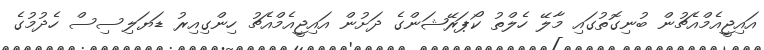
އައިޖީއެމްއެޗުން ބުނިގޮތުގައި މާލޭ ހެލްތު ކޯޕަރޭޝަންގެ ދަށުން އައިޖީއެމްއެޗު ހިންގިއިރު ޑަޔަލިސިސް ހެދުމުގެ